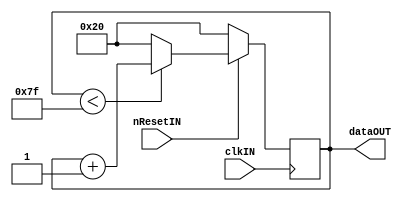
module ASCIITable(
	input wire clkIN, 
	input wire nResetIN, 
	output reg [7:0] dataOUT = 8'h00
	);

always @ (posedge clkIN)
	if (~nResetIN) begin
		dataOUT <= 8'h20;
	end
	else begin
		if (dataOUT < 8'h7F)
			dataOUT <= dataOUT + 1'b1;
		else
			dataOUT <= 8'h20;
	end
	
endmodule